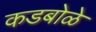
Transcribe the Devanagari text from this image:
कडबोळे